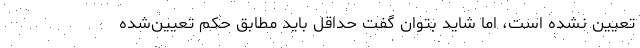
تعیین نشده است، اما شاید بتوان گفت حداقل باید مطابق حکم تعیین‌شده